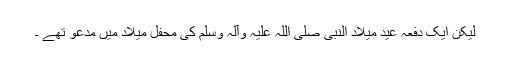
لیکن ایک دفعہ عید میلاد النبی صلی اللہ علیہ وآلہ وسلم کی محفل میلاد میں مدعو تھے ۔